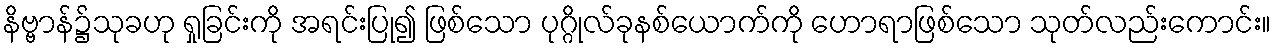
နိဗ္ဗာန်၌သုခဟု ရှုခြင်းကို အရင်းပြု၍ ဖြစ်သော ပုဂ္ဂိုလ်ခုနစ်ယောက်ကို ဟောရာဖြစ်သော သုတ်လည်းကောင်း။